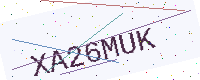
Text: XA26MUK